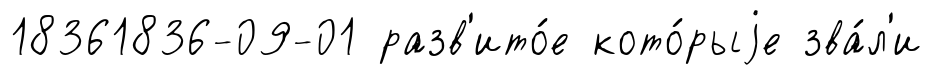
18361836-09-01 разв'ито́е кото́рыjе зва́л'и